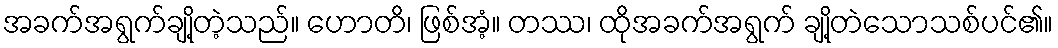
အခက်အရွက်ချို့တဲ့သည်။ ဟောတိ၊ ဖြစ်အံ့။ တဿ၊ ထိုအခက်အရွက် ချို့တဲသောသစ်ပင်၏။